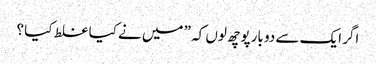
اگر ایک سے دو بارپوچھ لوں کہ ” میں نے کیا غلط کیا ؟